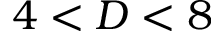
4 < D < 8